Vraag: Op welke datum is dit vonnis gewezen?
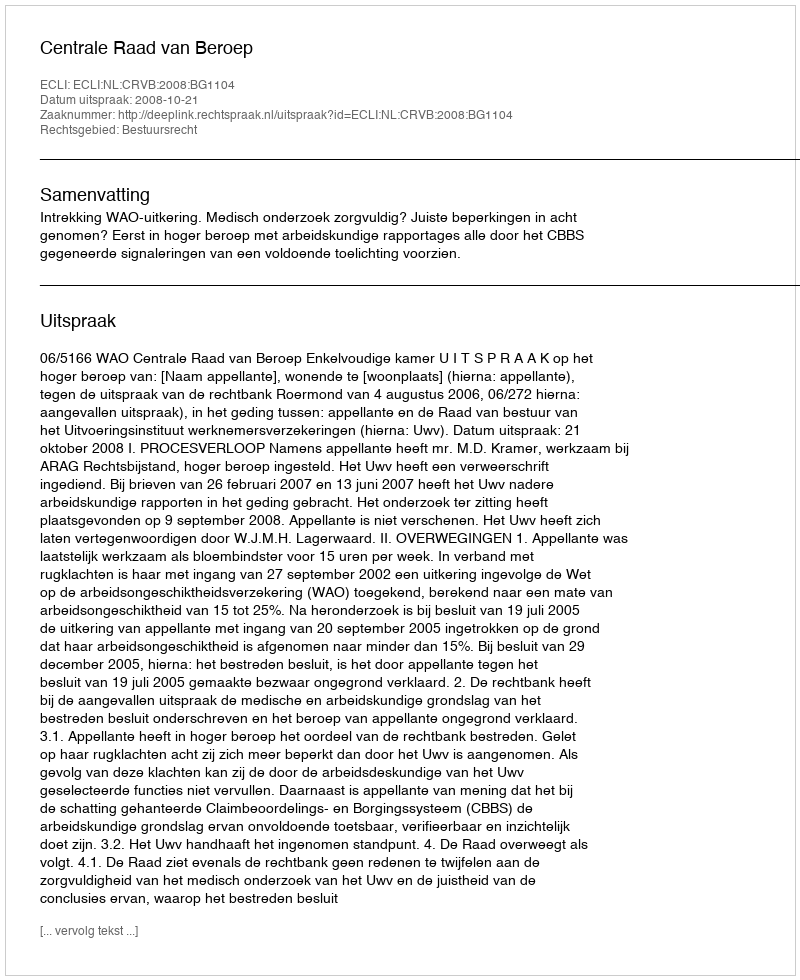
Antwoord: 2008-10-21